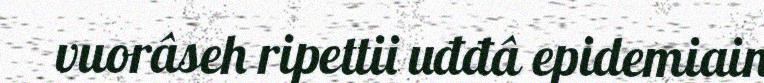
vuorâseh ripettii uđđâ epidemiain